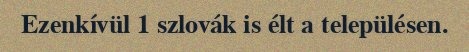
Ezenkívül 1 szlovák is élt a településen.